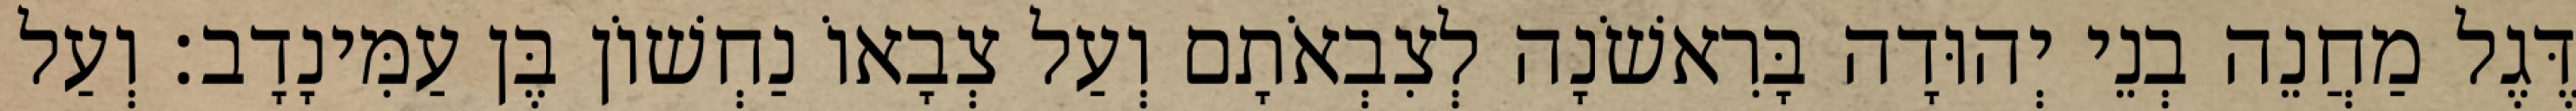
דֶּגֶל מַחֲנֵה בְנֵי יְהוּדָה בָּרִאשֹׁנָה לְצִבְאֹתָם וְעַל צְבָאוֹ נַחְשׁוֹן בֶּן עַמִּינָדָב׃ וְעַל